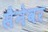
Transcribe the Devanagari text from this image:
सैनेवर